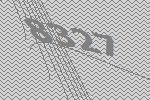
8327